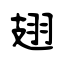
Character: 翅